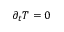
\partial _ { t } T = 0